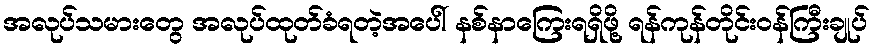
အလုပ်သမားတွေ အလုပ်ထုတ်ခံရတဲ့အပေါ် နစ်နာကြေးရရှိဖို့ ရန်ကုန်တိုင်းဝန်ကြီးချုပ်